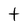
Character: t